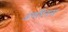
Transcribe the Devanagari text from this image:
ॲस्पॅरेगस